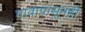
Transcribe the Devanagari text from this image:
गावापासूनही